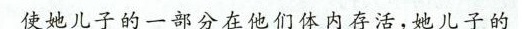
使她儿子的一部分在他们体内存活，她儿子的